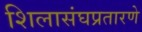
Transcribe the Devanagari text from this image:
शिलासंघप्रतारणे